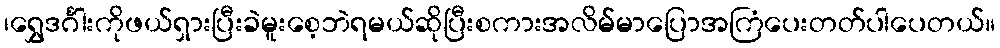
၊ရွှေဒင်္ဂါးကိုဖယ်ရှားပြီးခဲမူးစေ့ဘဲရမယ်ဆိုပြီးစကားအလိမ်မာပြောအကြံပေးတတ်ပါပေတယ်။